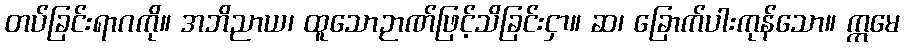
တပ်ခြင်းရာဂကို။ အဘိညာယ၊ ထူသောဉာဏ်ဖြင့်သိခြင်းငှာ။ ဆ၊ ခြောက်ပါးကုန်သော။ ဣမေ